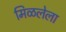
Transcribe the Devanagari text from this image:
मिळलेला